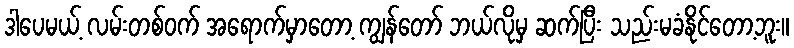
ဒါပေမယ့် လမ်းတစ်ဝက် အရောက်မှာတော့ ကျွန်တော် ဘယ်လိုမှ ဆက်ပြီး သည်းမခံနိုင်တော့ဘူး။